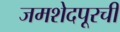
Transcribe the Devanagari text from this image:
जमशेदपूरची